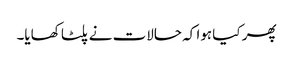
پھر کیا ہوا کہ حالات نے پلٹا کھایا۔